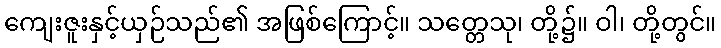
ကျေးဇူးနှင့်ယှဉ်သည်၏ အဖြစ်ကြောင့်။ သတ္တေသု၊ တို့၌။ ဝါ၊ တို့တွင်။